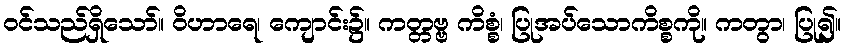
ဝင်သည်ရှိသော်။ ဝိဟာရေ၊ ကျောင်း၌။ ကတ္တဗ္ဗ ကိစ္စံ၊ ပြုအပ်သောကိစ္စကို။ ကတွာ၊ ပြု၍။